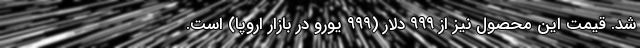
شد. قیمت این محصول نیز از ۹۹۹ دلار (۹۹۹ یورو در بازار اروپا) است.